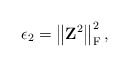
\begin{align*}\epsilon_2 = \left\| \mathbf{Z}^2 \right\|_{\mathrm{F}}^2,\end{align*}